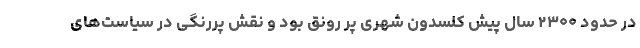
در حدود ۲۳۰۰ سال پیش کلسدون شهری پر رونق بود و نقش پررنگی در سیاست‌های